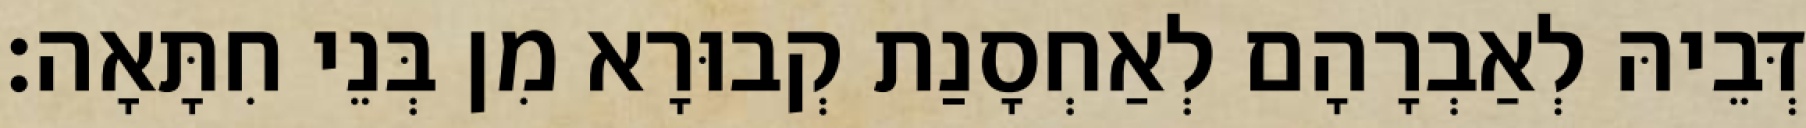
דְּבֵיהּ לְאַבְרָהָם לְאַחְסָנַת קְבוּרָא מִן בְּנֵי חִתָּאָה׃